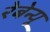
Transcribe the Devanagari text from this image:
रेबेन्यू